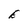
Character: E